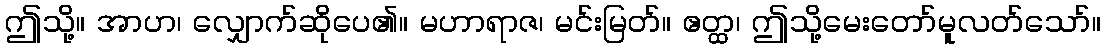
ဤသို့။ အာဟ၊ လျှောက်ဆိုပေ၏။ မဟာရာဇ၊ မင်းမြတ်။ ဧတ္ထ၊ ဤသို့မေးတော်မူလတ်သော်။